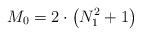
LaTeX: \begin{align*}M_0=2 \cdot \left( N_1^2+1 \right)\end{align*}